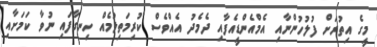
މީގެ އިތުރަށް ފުލުހުންނާއި އެމްއެންޑީއެފާއި ދެމެދު އެއްވެސް ކުރިމަތިލުމެއް ހިނގާފައި ނުވާ ކަމަށާއި